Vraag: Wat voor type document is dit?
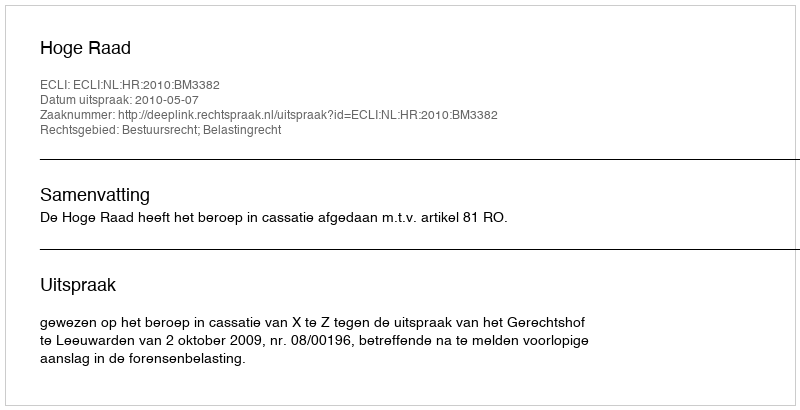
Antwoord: Uitspraak